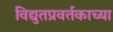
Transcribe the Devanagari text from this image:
विद्युतप्रवर्तकाच्या